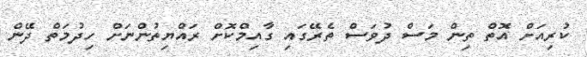
ކުރިއަށް އޮތް ތިން މަސް ދުވަސް ތެރޭގައި ގާއިމްކޮށް ރައްޔިތުންނަށް ހިދުމަތް ދޭން